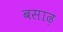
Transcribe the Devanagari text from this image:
बसाढ़